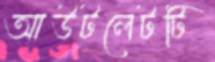
আউটলেটটি